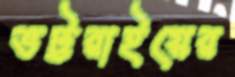
ভট্টরাইয়ের